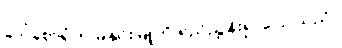
ဒေါ်စောရုံက မနှင်းမြူကို ရည်ညွှန်း၍ ပြောသည်။